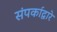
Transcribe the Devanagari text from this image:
संपर्काद्वारे